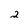
Character: 2